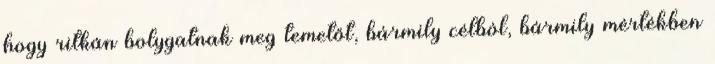
hogy ritkán bolygatnak meg temetőt, bármily célból, bármily mértékben